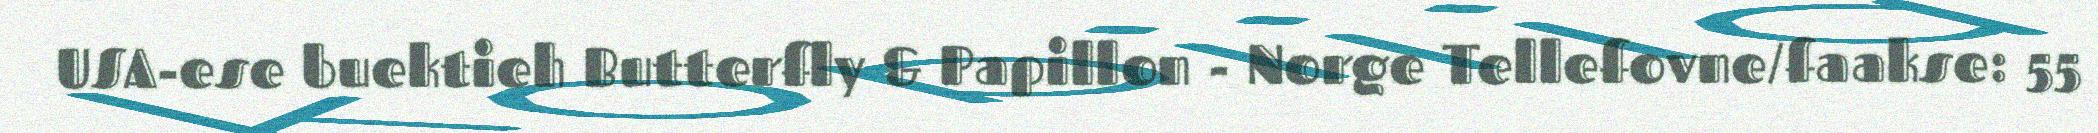
USA-ese buektieh Butterfly & Papillon - Norge Tellefovne/faakse: 55